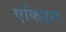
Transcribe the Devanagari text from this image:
एकिडन